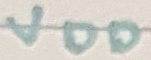
Text: VDD